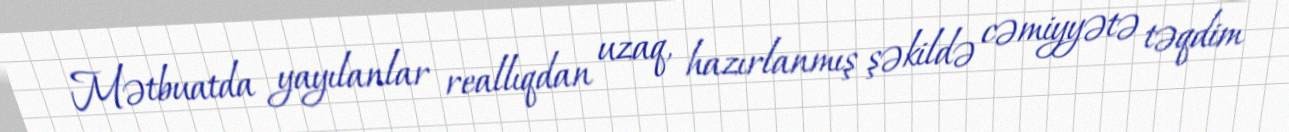
Mətbuatda yayılanlar reallıqdan uzaq, hazırlanmış şəkildə cəmiyyətə təqdim